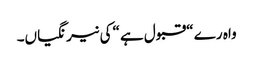
واہ رے “قبول ہے “کی نیرنگیاں۔